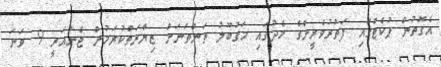
އެގޮތުން ޕުކެޓްގައި ފަތުރުވެރީންގެ މެދުގައި މަގުބޫލު ތަންތަނަށް ޒިޔާރަތްކުރަމުން ޖެނުއަރީ 9 ވަނަ